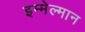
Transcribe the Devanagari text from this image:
इम्मेल्मान